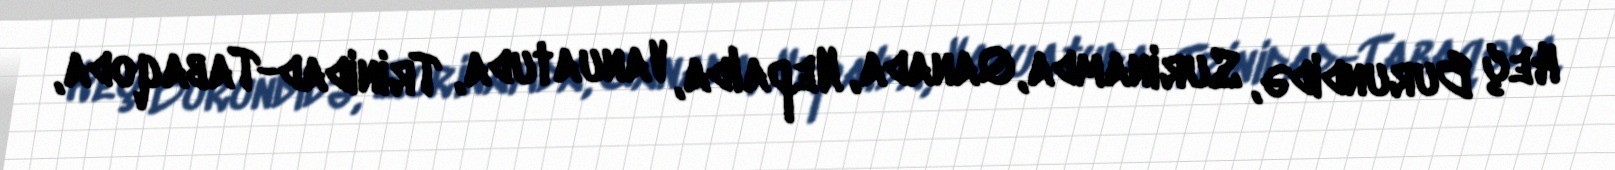
Heç Burundidə, Surinamda, Qanada, Nepalda, Vanuatuda, Trinidad-Tabaqoda,